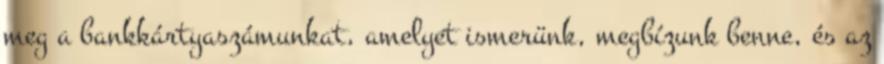
meg a bankkártyaszámunkat, amelyet ismerünk, megbízunk benne, és az